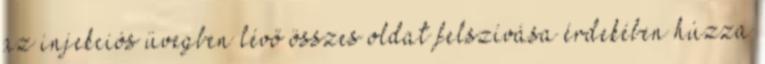
az injekciós üvegben lévő összes oldat felszívása érdekében húzza